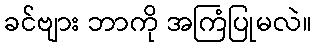
ခင်ဗျား ဘာကို အကြံပြုမလဲ။